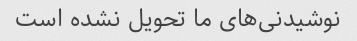
نوشیدنی‌های ما تحویل نشده است